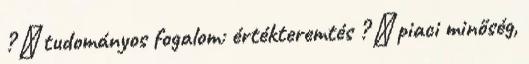
?  tudományos fogalom: értékteremtés ?  piaci minőség,